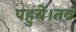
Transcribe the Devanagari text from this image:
पहुचें।तब